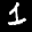
Label: 1